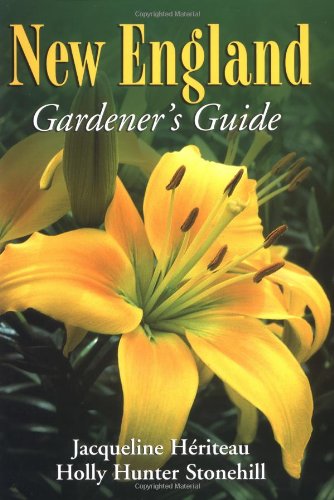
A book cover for New England Gardener's Guide (Gardener's Guides); Jacqueline Heriteau; Crafts, Hobbies & Home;